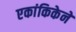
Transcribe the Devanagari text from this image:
एकांकिकेने